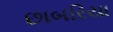
છાબરિયા